Report on lock hospitals in British Burma
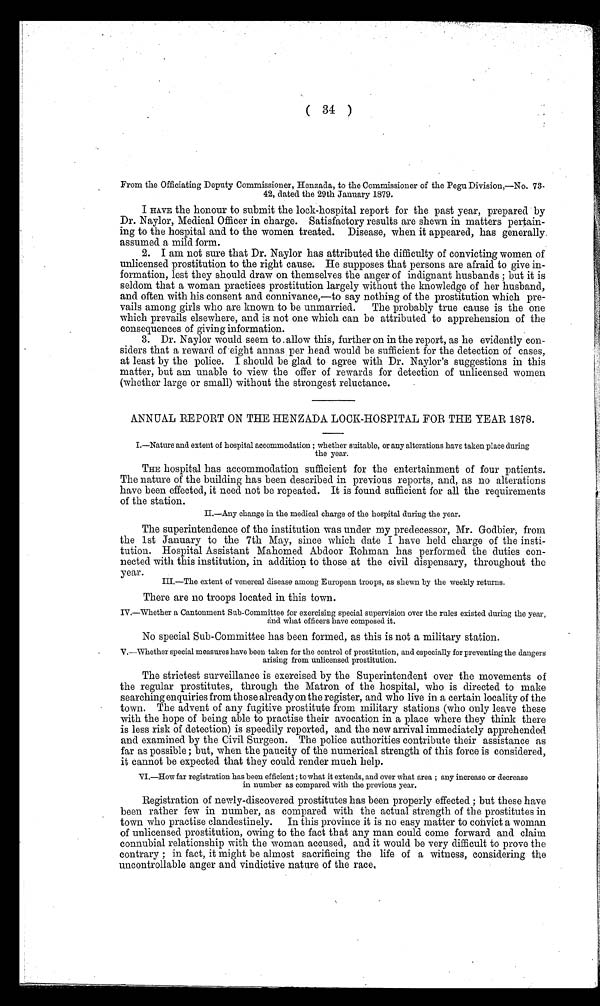
( 34 )
•
From the Officiating Deputy Commissioner, Henzada, to the Commissioner of the Pegu Division,—No. 73-
42, dated the 29th January 1879.
I HAVE the honour to submit the lock-hospital report for the past year, prepared by
Dr. Naylor, Medical Officer in charge. Satisfactory results are shewn in matters pertain-
ing to the hospital and to the women treated. Disease, when it appeared, has generally.
assumed a mild form.
2. I am not sure that Dr. Naylor has attributed the difficulty of convicting women of
unlicensed prostitution to the right cause. He supposes that persons are afraid to give in-
formation, lest they should draw on themselves the anger of indignant husbands ; but it is
seldom that a woman practices prostitution largely without the knowledge of her husband,
and often with his consent and connivance,—to say nothing of the prostitution which pre-
vails among girls who are known to be unmarried. The probably true cause is the one
which prevails elsewhere, and is not one which can be attributed to apprehension of the
consequences of giving information.
3. Dr. Naylor would seem to . allow this, further on in the report, as he evidently con-
siders that a reward of eight annas per head would be sufficient for the detection of cases,
at least by the police. I should be glad to agree with Dr. Naylor's suggestions in this
matter, but am unable to view the offer of rewards for detection of unlicensed women
(whether large or small) without the strongest reluctance.
ANNUAL REPORT ON THE HENZADA LOCK-HOSPITAL FOR THE YEAR 1878.
I.—Nature and extent of hospital accommodation ; whether suitable, or any alterations have taken place during
the year.
THE hospital has accommodation sufficient for the entertainment of four patients.
The nature of the building has been described in previous reports, and, as no alterations
have been effected, it need not be repeated. It is found sufficient for all the requirements
of the station.
II—Any change in the medical charge of the hospital during the year.
The superintendence of the institution was under my predecessor, Mr. Godbier, from
the 1st January to the 7th May, since which date I have held charge of the insti-
tution. Hospital Assistant Mahomed Abdoor Rohman has performed the duties con-
nected with this institution, in addition to those at the civil dispensary, throughout the
year.
III.—The extent of venereal disease among European troops, as shewn by the weekly returns.
There are no troops located in this town.
IV.-whether a Cantonment Sub-Committee for exercising special supervision over the rules existed during the year,
and what officers have composed it.
No special Sub-Committee has been formed, as this is not a military station.
V.—Whether special measures have been taken for the control of prostitution, and especially for preventing the dangers
arising from unlicensed prostitution.
The strictest surveillance is exercised by the Superintendent over the movements of
the regular prostitutes, through the Matron of the hospital, who is directed to make
searching enquiries from those already on the register, and who live in a certain locality of the
town. The advent of any fugitive prostitute from military stations (who only leave these
with the hope of being able to practise their avocation in a place where they think there
is less risk of detection) is speedily reported, and the new arrival immediately apprehended
and examined by the Civil Surgeon. The police authorities contribute their assistance as
far as possible ; but, when the paucity of the numerical strength of this force is considered,
it cannot be expected that they could render much help.
VI,—How far registration has been efficient ; to what it extends, and over what area ; any increase or decrease
in number as compared with the previous year.
Registration of newly-discovered prostitutes has been properly effected ; but these have
been rather few in number, as compared with the actual strength of the prostitutes in
town who practise clandestinely. In this province it is no easy matter to convict a woman
of unlicensed prostitution, owing to the fact that any man could come forward and claim
connubial relationship with the woman accused, and it would be very difficult to prove the
contrary; in fact, it might be almost sacrificing the life of a witness, considering the
uncontrollable anger and vindictive nature of the race,